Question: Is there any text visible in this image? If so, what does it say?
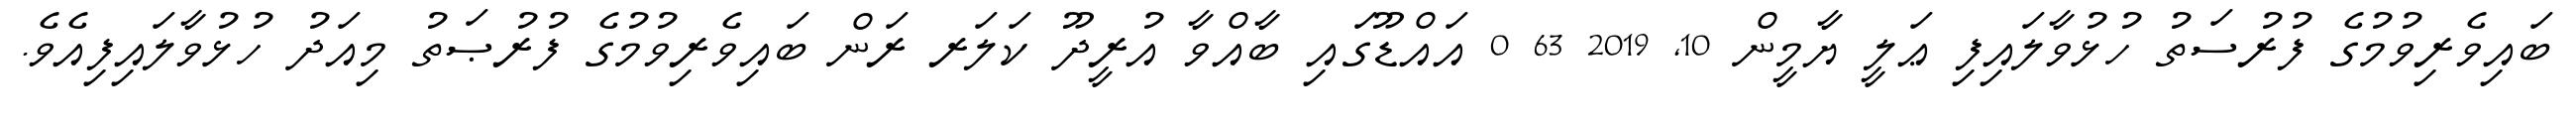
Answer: ބައިވެރިވުމުގެ ފުރުސަތު ހުޅުވާލައިފި ޢަލީ ޔާމީން 10, 2019 63 0 އައްޑޫގައި ބާއްވާ އުރީދޫ ކަލަރ ރަން ބައިވެރިވުމުގެ ފުރުޞަތު މިއަދު ހުޅުވާލައިފިއެވެ.